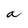
Character: a